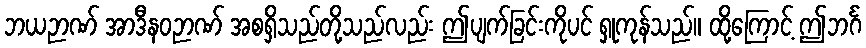
ဘယဉာဏ် အာဒီနဝဉာဏ် အစရှိသည်တို့သည်လည်း ဤပျက်ခြင်းကိုပင် ရှုကုန်သည်။ ထို့ကြောင့် ဤဘင်္ဂ